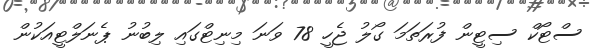
ސްޓޯކް ސިޓީން ފުރަތަމަ ގޯލު ޖެހީ 78 ވަނަ މިނިޓްގައި ލިބުނު ޕެނަލްޓީއަކުން